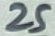
Text: 25